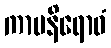
ကာမနိရောဓံ